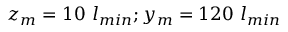
z _ { m } = 1 0 ~ l _ { m i n } ; y _ { m } = 1 2 0 ~ l _ { m i n }